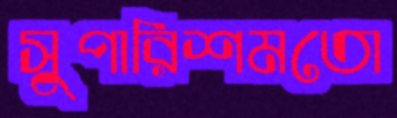
সুপারিশমতো